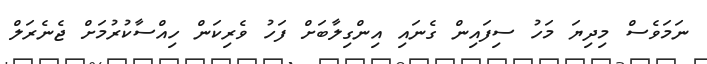
ނަމަވެސް މިދިޔަ މަހު ސިފައިން ގެނައި އިންގިލާބަށް ފަހު ވެރިކަން ހިއްސާކުރުމަށް ޖެނެރަލް